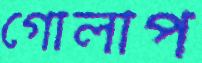
গোলাপ